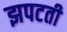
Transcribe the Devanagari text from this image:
झपटती